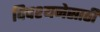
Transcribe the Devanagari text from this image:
विपश्यनेसाठी